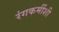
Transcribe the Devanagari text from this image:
रंगकर्मीशी